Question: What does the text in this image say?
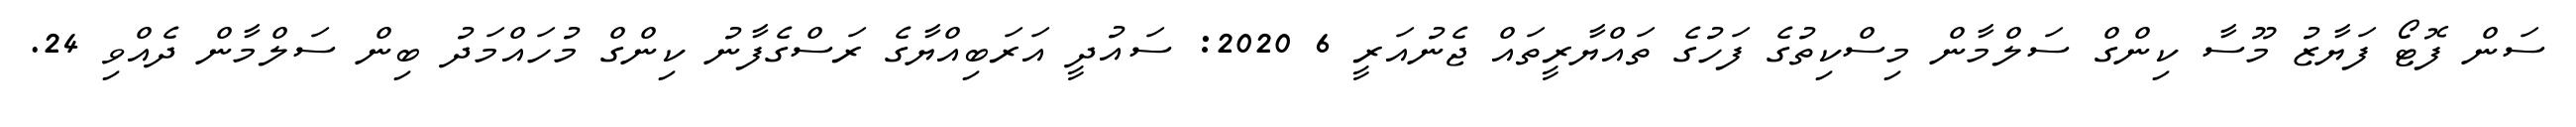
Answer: ސަން ފޮޓޯ ފަޔާޒު މޫސާ ކިންގް ސަލްމާން މިސްކިތުގެ ފަހުގެ ތައްޔާރީތައް ޖެނުއަރީ 6 2020: ސައުދީ އަރަބިއްޔާގެ ރަސްގެފާނު ކިންގް މުހައްމަދު ބިން ސަލްމާން ދެއްވި 24.